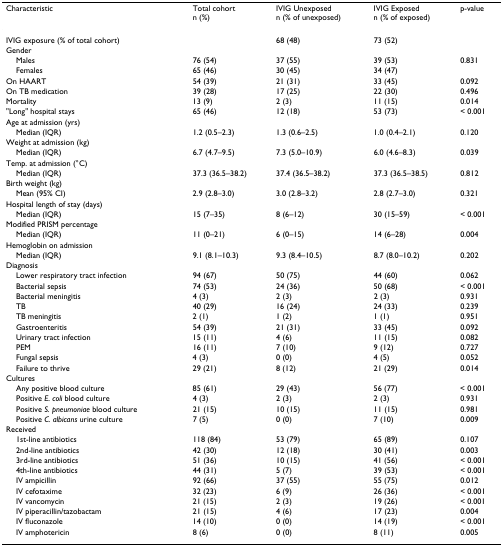
<table><thead><tr><td><b>Characteristic</b></td><td><b>Total cohortn (%)</b></td><td><b>IVIG Unexposedn (% of unexposed)</b></td><td><b>IVIG Exposedn (% of exposed)</b></td><td><b>p-value</b></td></tr></thead><tbody><tr><td>IVIG exposure (% of total cohort)</td><td></td><td>68 (48)</td><td>73 (52)</td><td></td></tr><tr><td>Gender</td><td></td><td></td><td></td><td></td></tr><tr><td> Males</td><td>76 (54)</td><td>37 (55)</td><td>39 (53)</td><td>0.831</td></tr><tr><td> Females</td><td>65 (46)</td><td>30 (45)</td><td>34 (47)</td><td></td></tr><tr><td>On HAART</td><td>54 (39)</td><td>21 (31)</td><td>33 (45)</td><td>0.092</td></tr><tr><td>On TB medication</td><td>39 (28)</td><td>17 (25)</td><td>22 (30)</td><td>0.496</td></tr><tr><td>Mortality</td><td>13 (9)</td><td>2 (3)</td><td>11 (15)</td><td>0.014</td></tr><tr><td>&quot;Long&quot; hospital stays</td><td>65 (46)</td><td>12 (18)</td><td>53 (73)</td><td>&lt; 0.001</td></tr><tr><td>Age at admission (yrs)</td><td></td><td></td><td></td><td></td></tr><tr><td> Median (IQR)</td><td>1.2 (0.5–2.3)</td><td>1.3 (0.6–2.5)</td><td>1.0 (0.4–2.1)</td><td>0.120</td></tr><tr><td>Weight at admission (kg)</td><td></td><td></td><td></td><td></td></tr><tr><td> Median (IQR)</td><td>6.7 (4.7–9.5)</td><td>7.3 (5.0–10.9)</td><td>6.0 (4.6–8.3)</td><td>0.039</td></tr><tr><td>Temp. at admission (°C)</td><td></td><td></td><td></td><td></td></tr><tr><td> Median (IQR)</td><td>37.3 (36.5–38.2)</td><td>37.4 (36.5–38.2)</td><td>37.3 (36.5–38.5)</td><td>0.812</td></tr><tr><td>Birth weight (kg)</td><td></td><td></td><td></td><td></td></tr><tr><td> Mean (95% CI)</td><td>2.9 (2.8–3.0)</td><td>3.0 (2.8–3.2)</td><td>2.8 (2.7–3.0)</td><td>0.321</td></tr><tr><td>Hospital length of stay (days)</td><td></td><td></td><td></td><td></td></tr><tr><td> Median (IQR)</td><td>15 (7–35)</td><td>8 (6–12)</td><td>30 (15–59)</td><td>&lt; 0.001</td></tr><tr><td>Modified PRISM percentage</td><td></td><td></td><td></td><td></td></tr><tr><td> Median (IQR)</td><td>11 (0–21)</td><td>6 (0–15)</td><td>14 (6–28)</td><td>0.004</td></tr><tr><td>Hemoglobin on admission</td><td></td><td></td><td></td><td></td></tr><tr><td> Median (IQR)</td><td>9.1 (8.1–10.3)</td><td>9.3 (8.4–10.5)</td><td>8.7 (8.0–10.2)</td><td>0.202</td></tr><tr><td>Diagnosis</td><td></td><td></td><td></td><td></td></tr><tr><td> Lower respiratory tract infection</td><td>94 (67)</td><td>50 (75)</td><td>44 (60)</td><td>0.062</td></tr><tr><td> Bacterial sepsis</td><td>74 (53)</td><td>24 (36)</td><td>50 (68)</td><td>&lt; 0.001</td></tr><tr><td> Bacterial meningitis</td><td>4 (3)</td><td>2 (3)</td><td>2 (3)</td><td>0.931</td></tr><tr><td> TB</td><td>40 (29)</td><td>16 (24)</td><td>24 (33)</td><td>0.239</td></tr><tr><td> TB meningitis</td><td>2 (1)</td><td>1 (2)</td><td>1 (1)</td><td>0.951</td></tr><tr><td> Gastroenteritis</td><td>54 (39)</td><td>21 (31)</td><td>33 (45)</td><td>0.092</td></tr><tr><td> Urinary tract infection</td><td>15 (11)</td><td>4 (6)</td><td>11 (15)</td><td>0.082</td></tr><tr><td> PEM</td><td>16 (11)</td><td>7 (10)</td><td>9 (12)</td><td>0.727</td></tr><tr><td> Fungal sepsis</td><td>4 (3)</td><td>0 (0)</td><td>4 (5)</td><td>0.052</td></tr><tr><td> Failure to thrive</td><td>29 (21)</td><td>8 (12)</td><td>21 (29)</td><td>0.014</td></tr><tr><td>Cultures</td><td></td><td></td><td></td><td></td></tr><tr><td> Any positive blood culture</td><td>85 (61)</td><td>29 (43)</td><td>56 (77)</td><td>&lt; 0.001</td></tr><tr><td> Positive <i>E. coli </i>blood culture</td><td>4 (3)</td><td>2 (3)</td><td>2 (3)</td><td>0.931</td></tr><tr><td> Positive <i>S. pneumoniae </i>blood culture</td><td>21 (15)</td><td>10 (15)</td><td>11 (15)</td><td>0.981</td></tr><tr><td> Positive <i>C. albicans </i>urine culture</td><td>7 (5)</td><td>0 (0)</td><td>7 (10)</td><td>0.009</td></tr><tr><td>Received</td><td></td><td></td><td></td><td></td></tr><tr><td> 1st-line antibiotics</td><td>118 (84)</td><td>53 (79)</td><td>65 (89)</td><td>0.107</td></tr><tr><td> 2nd-line antibiotics</td><td>42 (30)</td><td>12 (18)</td><td>30 (41)</td><td>0.003</td></tr><tr><td> 3rd-line antibiotics</td><td>51 (36)</td><td>10 (15)</td><td>41 (56)</td><td>&lt; 0.001</td></tr><tr><td> 4th-line antibiotics</td><td>44 (31)</td><td>5 (7)</td><td>39 (53)</td><td>&lt; 0.001</td></tr><tr><td> IV ampicillin</td><td>92 (66)</td><td>37 (55)</td><td>55 (75)</td><td>0.012</td></tr><tr><td> IV cefotaxime</td><td>32 (23)</td><td>6 (9)</td><td>26 (36)</td><td>&lt; 0.001</td></tr><tr><td> IV vancomycin</td><td>21 (15)</td><td>2 (3)</td><td>19 (26)</td><td>&lt; 0.001</td></tr><tr><td> IV piperacillin/tazobactam</td><td>21 (15)</td><td>4 (6)</td><td>17 (23)</td><td>0.004</td></tr><tr><td> IV fluconazole</td><td>14 (10)</td><td>0 (0)</td><td>14 (19)</td><td>&lt; 0.001</td></tr><tr><td> IV amphotericin</td><td>8 (6)</td><td>0 (0)</td><td>8 (11)</td><td>0.005</td></tr></tbody></table>